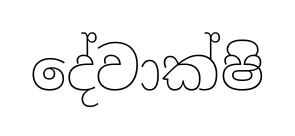
දේවාක්ෂි